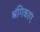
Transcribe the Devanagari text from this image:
श्रंगिकाएं